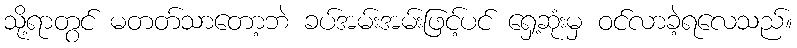
သို့ရာတွင် မတတ်သာတော့ဘဲ ခပ်အမ်းအမ်းဖြင့်ပင် ရှေ့ဆုံးမှ ဝင်လာခဲ့ရလေသည်။